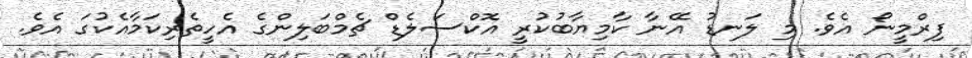
ފިރްމީނޯ އެވެ. މި ލަނޑު އޭނާ ކާމިޔާބުކުރީ އޮކްސަލެޑް ޗެމްބަލިންގެ އެހީތެރިކަމާއެކުގަ އެވެ.